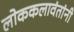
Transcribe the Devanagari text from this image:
लोककलावंतांनी